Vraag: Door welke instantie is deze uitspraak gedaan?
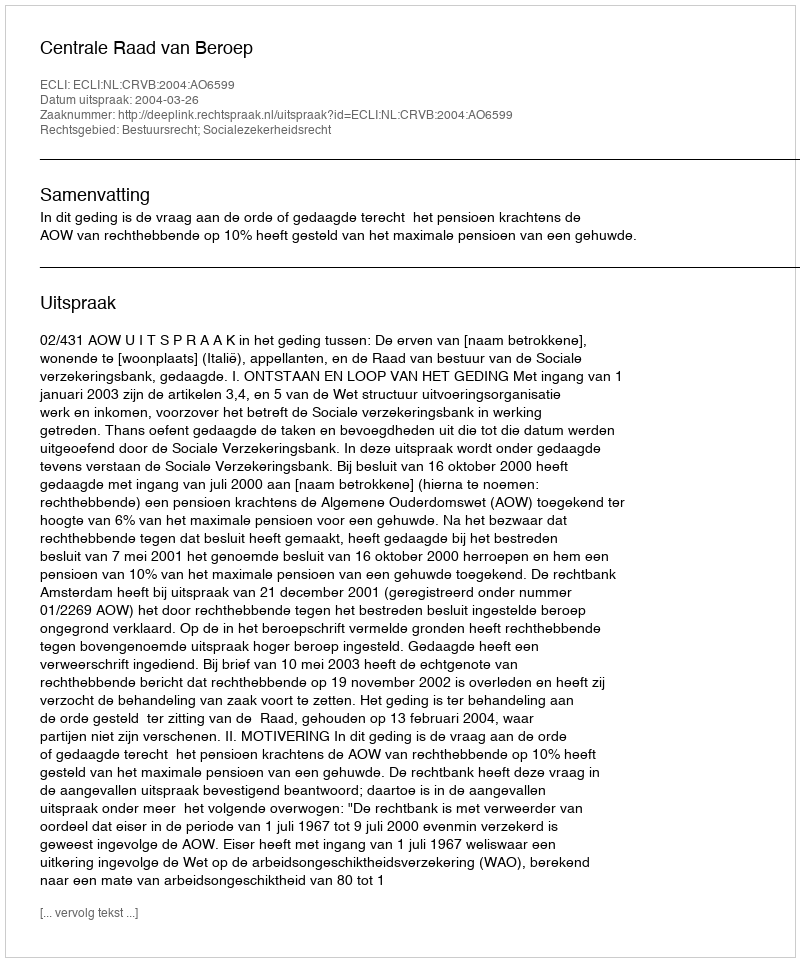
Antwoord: Centrale Raad van Beroep